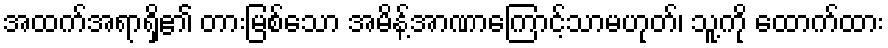
အထက်အရာရှိ၏ တားမြစ်သော အမိန့်အာဏာကြောင့်သာမဟုတ်၊ သူ့ကို ထောက်ထား